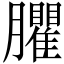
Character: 臞